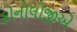
ફોનોલોજીએ